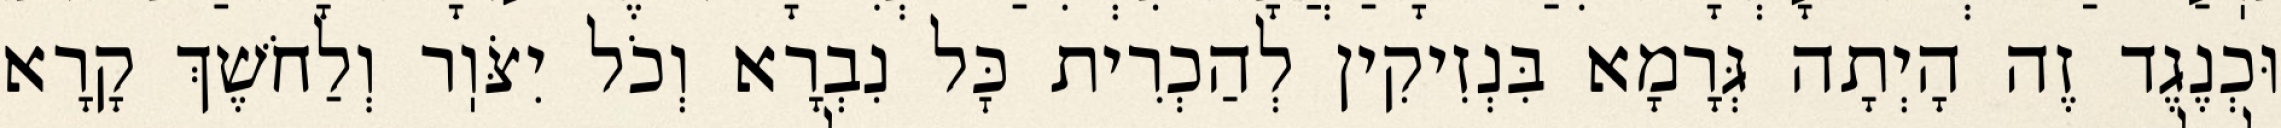
וּכְנֶגֶד זֶה הָיְתָה גְּרָמָא בִּנְזִיקִין לְהַכְרִית כׇּל נִבְרָא וְכֹל יִצֹּוֽר וְלַחֹשֶׁךְ קָרָא